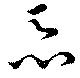
悪